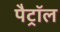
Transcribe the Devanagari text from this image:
पैट्रॉल